Report of the Indian Hemp Drugs Commission, 1894-1895 - Volume IV
Year: 1894
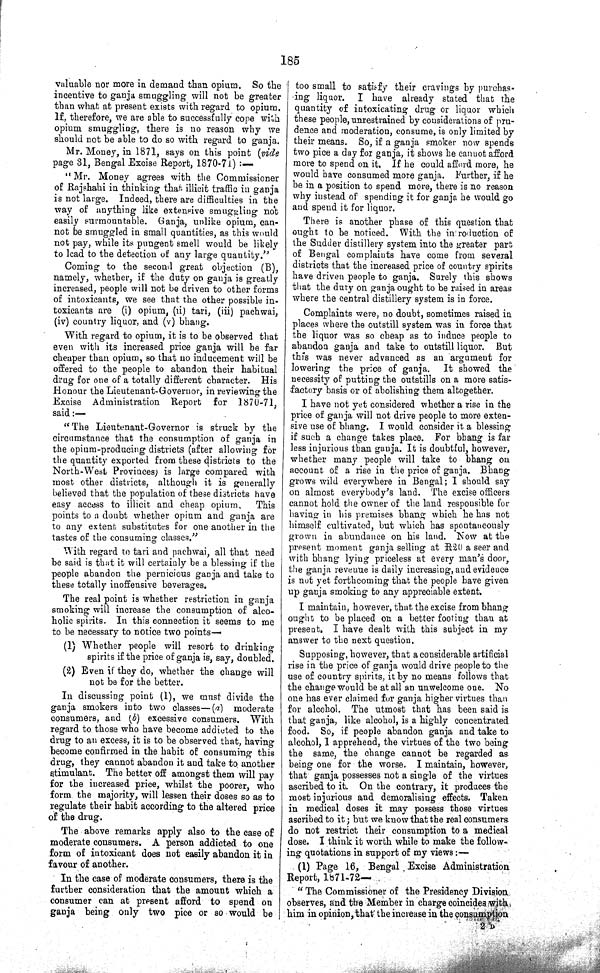
185
valuable nor more in demand than opium. So the
incentive to ganja smuggling will not be greater
than what at present exists with regard to opium.
If, therefore, we are able to successfully cope with
opium smuggling, there is no reason why we
should not be able to do so with regard to ganja.
Mr. Money, in 1871, says on this point (vide
page 31, Bengal Excise Report, 1870-71):—
"Mr. Money agrees with the Commissioner
of Rajshahi in thinking that illicit traffic in ganja
is not large. Indeed, there are difficulties in the
way of anything like extensive smuggling not
easily surmountable. Ganja, unlike opium, can¬
not be smuggled in small quantities, as this would
not pay, while its pungent smell would be likely
to lead to the detection of any large quantity."
Coming to the second great objection (B),
namely, whether, if the duty on ganja is greatly
increased, people will not be driven to other forms
of intoxicants, we see that the other possible in¬
toxicants are (i) opium, (ii) tari, (iii) pachwai,
(iv) country liquor, and (v) bhang.
With regard to opium, it is to be observed that
even with its increased price ganja will be far
cheaper than opium, so that no inducement will be
offered to the people to abandon their habitual
drug for one of a totally different character. His
Honour the Lieutenant-Governor, in reviewing the
Excise Administration Report for 1870-71,
said:—
"The Lieutenant-Governor is struck by the
circumstance that the consumption of ganja in
the opium-producing districts (after allowing for
the quantity exported from these districts to the
North-West Provinces) is large compared with
most other districts, although it is generally
believed that the population of these districts have
easy access to illicit and cheap opium. This
points to a doubt whether opium and ganja are
to any extent substitutes for one another in the
tastes of the consuming classes."
With regard to tari and pachwai, all that need
be said is that it will certainly be a blessing if the
people abandon the pernicious ganja and take to
these totally inoffensive beverages.
The real point is whether restriction in ganja
smoking will increase the consumption of alco¬
holic spirits. In this connection it seems to me
to be necessary to notice two points—
(1) Whether people will resort to drinking
spirits if the price of ganja is, say, doubled.
(2) Even if they do, whether the change will
not be for the better.
In discussing point (1), we must divide the
ganja smokers into two classes—(a) moderate
consumers, and (b) excessive consumers. With
regard to those who have become addicted to the
drug to an excess, it is to be observed that, having
become confirmed in the habit of consuming this
drug, they cannot abandon it and take to another
stimulant. The better off amongst them will pay
for the increased price, whilst the poorer, who
form the majority, will lessen their doses so as to
regulate their habit according to the altered price
of the drug.
The above remarks apply also to the case of
moderate consumers. A person addicted to one
form of intoxicant does not easily abandon it in
favour of another.
In the case of moderate consumers, there is the
further consideration that the amount which a
consumer can at present afford to spend on
ganja being only two pice or so would be
too small to satisfy their cravings by purchas¬
ing liquor. I have already stated that the
quantity of intoxicating drug or liquor which
these people, unrestrained by considerations of pru¬
dence and moderation, consume, is only limited by
their means. So, if a ganja smoker now spends
two pice a day for ganja, it shows he cannot afford
more to spend on it. If he could afford more, he
would have consumed more ganja. Further, if he
be in a position to spend more, there is no reason
why instead of spending it for ganja he would go
and spend it for liquor.
There is another phase of this question that
ought to be noticed. With the introduction of
the Sudder distillery system into the greater part
of Bengal complaints have come from several
districts that the increased price of country spirits
have driven people to ganja. Surely this shows
that the duty on ganja ought to be raised in areas
where the central distillery system is in force.
Complaints were, no doubt, sometimes raised in
places where the outstill system was in force that
the liquor was so cheap as to induce people to
abandon ganja and take to outstill liquor. But
this was never advanced as an argument for
lowering the price of ganja. It showed the
necessity of putting the outstills on a more satis¬
factory basis or of abolishing them altogether.
I have not yet considered whether a rise in the
price of ganja will not drive people to more exten¬
sive use of bhang. I would consider it a blessing
if such a change takes place. For bhang is far
less injurious than ganja. It is doubtful, however,
whether many people will take to bhang on
account of a rise in the price of ganja. Bhang
grows wild everywhere in Bengal; I should say
on almost everybody's land. The excise officers
cannot hold the owner of the land responsible for
having in his premises bhang which he has not
himself cultivated, but which has spontaneously
grown in abundance on his land. Now at the
present moment ganja selling at R20 a seer and
with bhang lying priceless at every man's door,
the ganja revenue is daily increasing, and evidence
is not yet forthcoming that the people have given
up ganja smoking to any appreciable extent.
I maintain, however, that the excise from bhang
ought to be placed on a better footing than at
present. I have dealt with this subject in my
answer to the next question.
Supposing, however, that a considerable artificial
rise in the price of ganja would drive people to the
use of country spirits, it by no means follows that
the change would be at all an unwelcome one. No
one has ever claimed for ganja higher virtues than
for alcohol. The utmost that has been said is
that ganja, like alcohol, is a highly concentrated
food. So, if people abandon ganja and take to
alcohol, I apprehend, the virtues of the two being
the same, the change cannot be regarded as
being one for the worse. I maintain, however,
that ganja possesses not a single of the virtues
ascribed to it. On the contrary, it produces the
most injurious and demoralising effects. Taken
in medical doses it may possess those virtues
ascribed to it; but we know that the real consumers
do not restrict their consumption to a medical
dose. I think it worth while to make the follow¬
ing quotations in support of my views:—
(1) Page 16, Bengal Excise Administration
Report, 1871-72—
"The Commissioner of the Presidency Division
observes, and the Member in charge coincides with
him in opinion, that the increase in the consumption